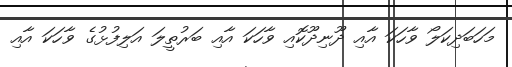
މަހަބަދިކަލޯ ވާހަކަ އާއި ދޫނިދޫކޮއި ވާހަކަ އާއި ބަރުތީލަ އަލިފުޅުގެ ވާހަކަ އާއި